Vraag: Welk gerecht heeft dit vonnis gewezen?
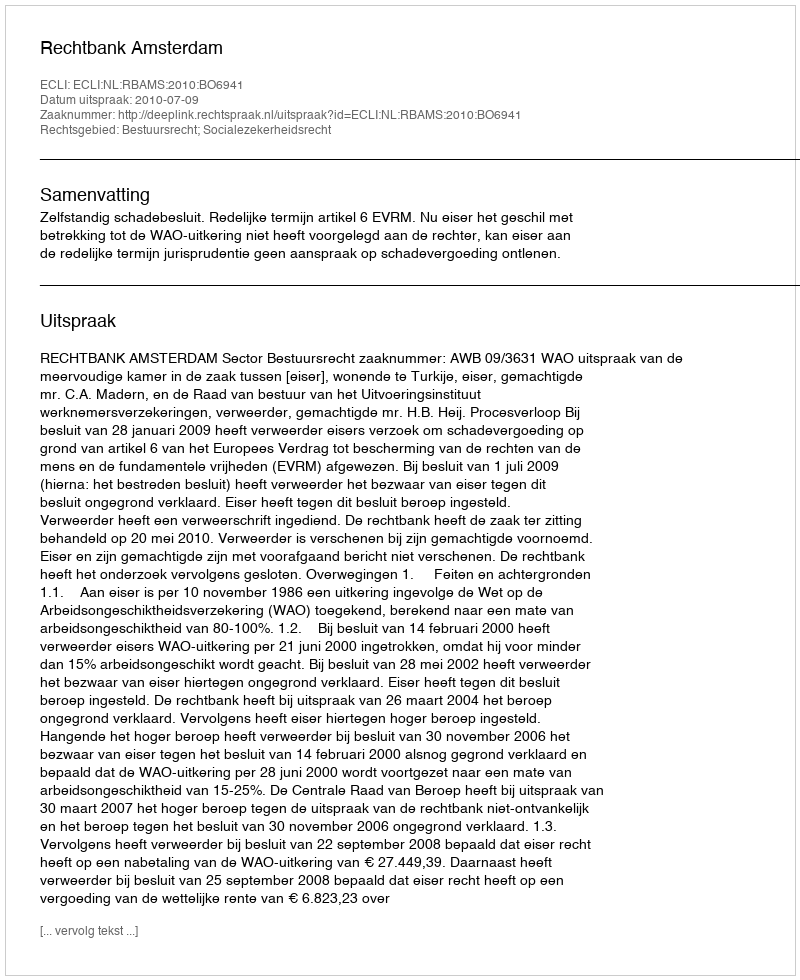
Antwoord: Rechtbank Amsterdam